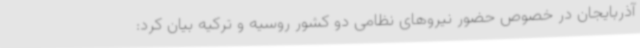
آذربایجان در خصوص حضور نیروهای نظامی دو کشور روسیه و ترکیه بیان کرد: